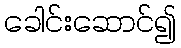
ခေါင်းဆောင်၍